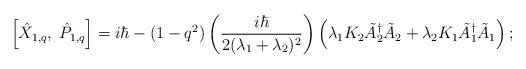
LaTeX: \begin{align*} \left[ \hat X_{1,q},\;\hat P_{1,q}\right] = i\hbar - (1-q^2)\left(\frac{i\hbar}{2(\lambda_1 +\lambda_2)^2}\right) \left( \lambda_1 K_2 \tilde A_2^\dagger \tilde A_2 + \lambda_2 K_1 \tilde A_1^\dagger \tilde A_1 \right); \end{align*}